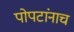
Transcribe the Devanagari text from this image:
पोपटांनाच